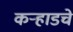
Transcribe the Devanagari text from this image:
कऱ्हाडचे